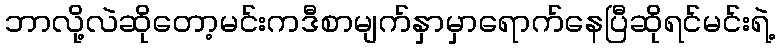
ဘာလို့လဲဆိုတော့မင်းကဒီစာမျက်နှာမှာရောက်နေပြီဆိုရင်မင်းရဲ့